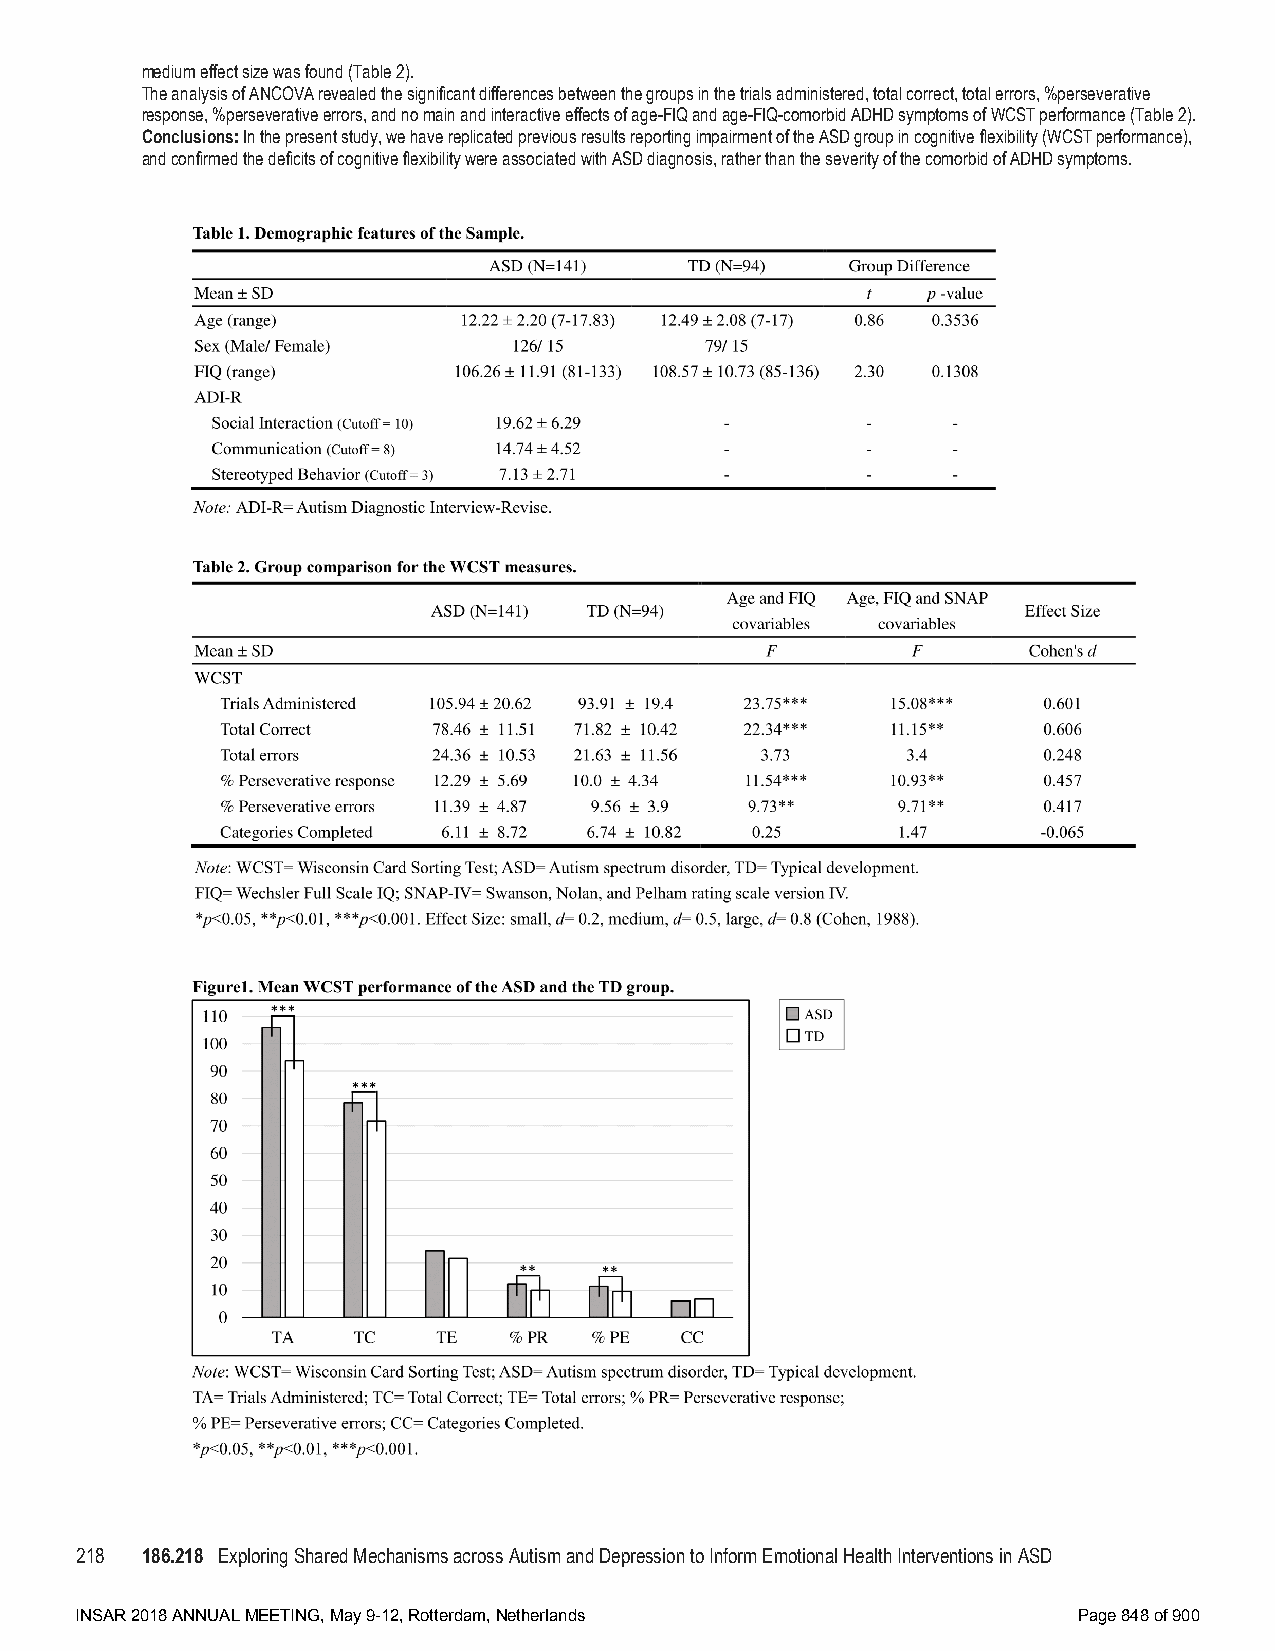
medium effect size was found (Table 2).
 The analysis of ANCOVA revealed the significant differences between the groups in the trials administered, total correct, total errors, %perseverative
 response, %perseverative errors, and no main and interactive effects of age-FIQ and age-FIQ-comorbid ADHD symptoms of WCST performance (Table 2).
 Conclusions: In the present study, we have replicated previous results reporting impairment of the ASD group in cognitive flexibility (WCST performance),
 and confirmed the deficits of cognitive flexibility were associated with ASD diagnosis, rather than the severity of the comorbid of ADHD symptoms.
 218 186.218 Exploring Shared Mechanisms across Autism and Depression to Inform Emotional Health Interventions in ASD
 INSAR 2018 ANNUAL MEETING, May 9-12, Rotterdam, Netherlands       Page 848 of 900